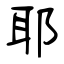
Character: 耶